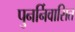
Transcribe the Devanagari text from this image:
पुनर्निवासित